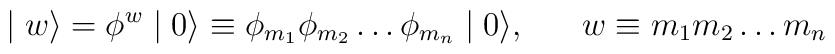
\mid w \rangle  = \phi^{w} \mid 0 \rangle \equiv \phi_{m_{1}} \phi_{m_{2}}\ldots \phi_{m_{n}} \mid 0 \rangle,\;\;\;\;\;\; w \equiv m_{1}m_{2} \ldots m_{n}